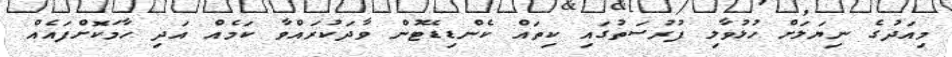
މިއަދުގެ ނިޔަލަށް ހުޅުވާލި ފުރުސަތުގައި ކިތައް ކެންޑިޑޭޓުން ވާދަކުރައްވާ ކަމެއް އަދި ހާމަކޮށްފައެއް